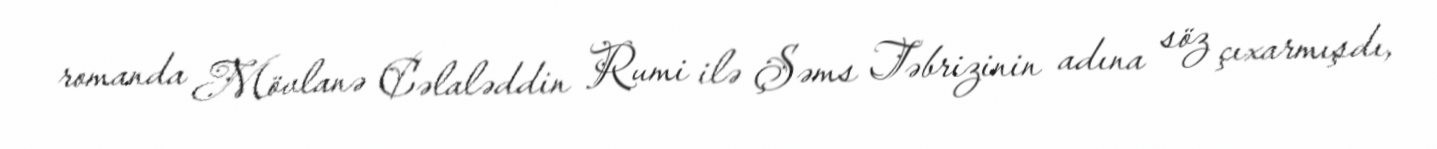
romanda Mövlanə Cəlaləddin Rumi ilə Şəms Təbrizinin adına söz çıxarmışdı,